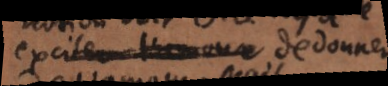
exciter l’amour de donner